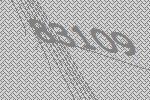
83109